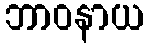
ဘာဝနာယ